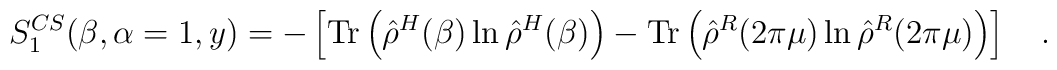
S_1^{CS}(\beta,\alpha=1,y)=-\left[\mbox{Tr}\left(\hat{\rho}^{H}(\beta)\ln\hat{\rho}^{H}(\beta)\right)-\mbox{Tr}\left(\hat{\rho}^R(2\pi\mu)\ln\hat{\rho}^R(2\pi\mu)\right)\right]~~~.